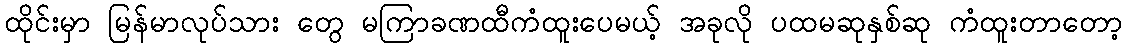
ထိုင်းမှာ မြန်မာလုပ်သား တွေ မကြာခဏထီကံထူးပေမယ့် အခုလို ပထမဆုနှစ်ဆု ကံထူးတာတော့